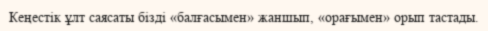
Кеңестiк ұлт саясаты бiздi «балғасымен» жаншып, «орағымен» орып тастады.